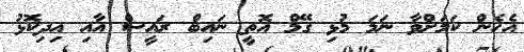
އެހެން ކަމަށްވާ ނަމަ މުޅި ގޭމް އޮތީ ނައިބް ރައީސް އާއި އިދިކޮޅު